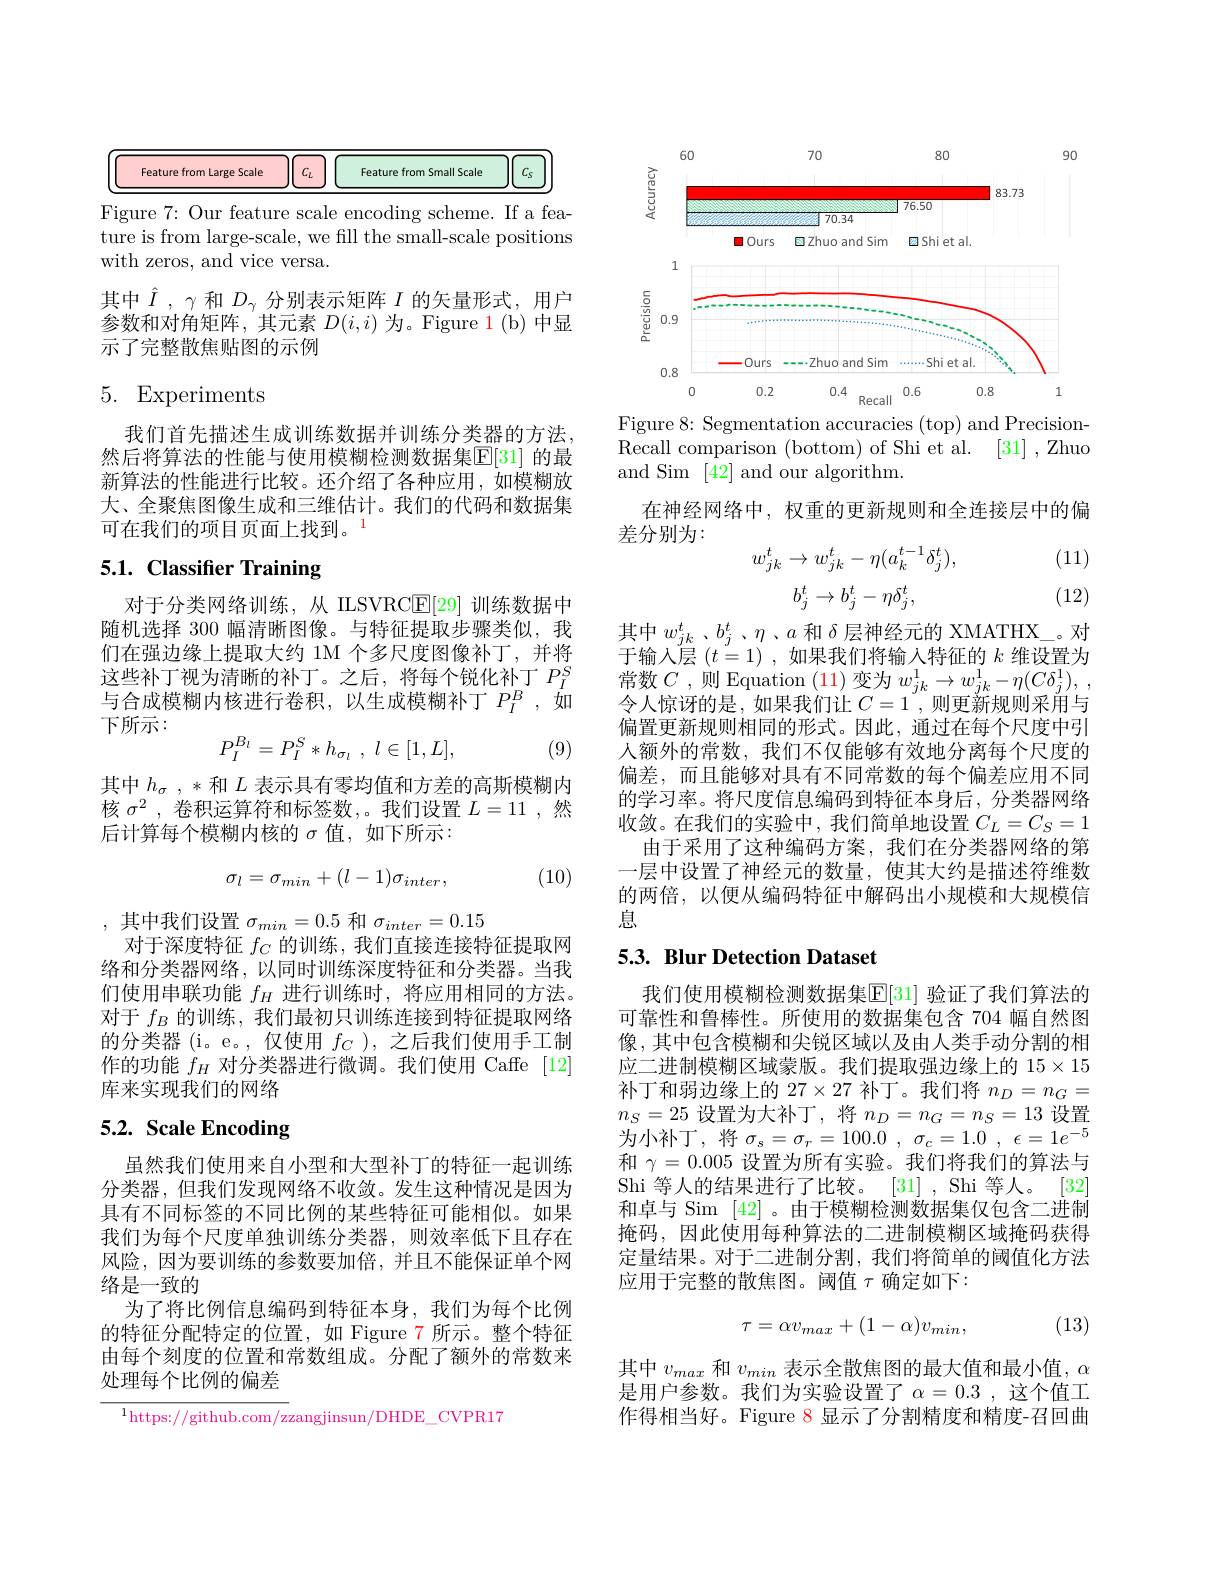
<table>
	<tbody>
		<tr>
			<td>Feature from Large Scale</td>
			<td>$C_L$</td>
			<td>Feature from Small Scale</td>
			<td>$C.$</td>
		</tr>
	</tbody>
</table>

Figure 7: Our feature scale encoding scheme. If a feature is from large-scale, we fill the small-scale positions with zeros, and vice versa.

其中$\hat{I},\gamma$和$D_\gamma$分别表示矩阵$I$的矢量形式，用户参数和对角矩阵，其元素$D(i,i)$为。Figure 1(b)中显示了完整散焦贴图的示例

## 5. Experiments

我们首先描述生成训练数据并训练分类器的方法。然后将算法的性能与使用模糊检测数据集$\mathbb{E}[31]$ 的最新算法的性能进行比较。还介绍了各种应用，如模糊放大、全聚焦图像生成和三维估计。我们的代码和数据集可在我们的项目页面上找到。$^{1}$

# 5.1. Classifier Training

对于分类网络训练，从 ILSVRC$\underline{\mathrm{E}}[29]$训练数据中随机选择 300 幅清晰图像。与特征提取步骤类似，我们在强边缘上提取大约 1M 个多尺度图像补丁，并将这些补丁视为清晰的补丁。之后，将每个锐化补丁$P_I^S$ 与合成模糊内核进行卷积，以生成模糊补丁$P_I^B,\dot{\text{如}}$ 下所示：
$$P_{I}^{B_{l}}=P_{I}^{S}*h_{\sigma_{l}}\:,\:l\in[1,L],$$
(9)

其中$h_\sigma,*$和$L$表示具有零均值和方差的高斯模糊内核$\sigma^2$,卷积运算符和标签数，。我们设置$L=11$,然后计算每个模糊内核的$\sigma$值，如下所示：

(10)
$$\sigma_l=\sigma_{min}+(l-1)\sigma_{inter},$$
,其中我们设置$\sigma_min=0.5$和$\sigma_inter=0.15$
对于深度特征$f_C$的训练，我们直接连接特征提取网络和分类器网络，以同时训练深度特征和分类器。当我们使用串联功能$f_H$进行训练时，将应用相同的方法。对于$f_B$的训练，我们最初只训练连接到特征提取网络的分类器 (i。e。,仅使用$f_C$ ),之后我们使用手工制作的功能$f_H$对分类器进行微调。我们使用 Caffe [12] 库来实现我们的网络

# 5.2. Scale Encoding

虽然我们使用来自小型和大型补丁的特征一起训练分类器，但我们发现网络不收敛。发生这种情况是因为具有不同标签的不同比例的某些特征可能相似。如果我们为每个尺度单独训练分类器，则效率低下且存在风险，因为要训练的参数要加倍，并且不能保证单个网络是一致的
为了将比例信息编码到特征本身，我们为每个比例的特征分配特定的位置，如 Figure 7 所示。整个特征由每个刻度的位置和常数组成。分配了额外的常数来处理每个比例的偏差
$$\overline{^1\text{https://github.com/z}}\text{zangjinsun/DHDE}_\text{CVPR17}$$
<FigureHere>
Figure 8: Segmentation accuracies (top) and Precision-

Recall comparison ( bottom) of Shi et al. [ 31] , Zhuo
and Sim [42]and our algorithm.
在神经网络中，权重的更新规则和全连接层中的偏
差分别为：

(11)
$$w_{jk}^{t}\to w_{jk}^{t}-\eta(a_{k}^{t-1}\delta_{j}^{t}),\\b_{j}^{t}\to b_{j}^{t}-\eta\delta_{j}^{t},$$
(12)

其中$w_{jk}^t$、$b_j^t$、$\eta$、$a$和$\delta$层神经元的 XMATHX\_。对于输入层$(t=1)$,如果我们将输入特征的 $k$ 维设置为常数$C$ ,则 Equation $(\color{red}{11})$变为$w_jk^1\to w_{jk}^1-\eta(C\delta_j^1)$, 令人惊讶的是，如果我们让$C=1^{\mathrm{~,~}}\ddot{\text{则更新规则采用与}}$ 偏置更新规则相同的形式。因此，通过在每个尺度中引人额外的常数，我们不仅能够有效地分离每个尺度的偏差，而且能够对具有不同常数的每个偏差应用不同的学习率。将尺度信息编码到特征本身后，分类器网络收敛。在我们的实验中，我们简单地设置$C_L=C_S=1$
由于采用了这种编码方案，我们在分类器网络的第一层中设置了神经元的数量，使其大约是描述符维数的两倍，以便从编码特征中解码出小规模和大规模信息

# 5.3. Blur Detection Dataset

我们使用模糊检测数据集$\operatorname{E}[$31] 验证了我们算法的可靠性和鲁棒性。所使用的数据集包含 704 幅自然图像，其中包含模糊和尖锐区域以及由人类手动分割的相应二进制模糊区域蒙版。我们提取强边缘上的$15\times15$ 补丁和弱边缘上的$27\times27$补丁。我们将$n_D=n_G=$ $n_S=25$设置为大补丁，将$n_D=n_G=n_S=13$设置为小补丁，将$\sigma_s=\sigma_r=100.0,\sigma_c=1.0,\epsilon=1e^{-5}$ 和$\gamma=0.005$设置为所有实验。我们将我们的算法与Shi 等人的结果进行了比较。[31] , Shi 等人。[32] 和卓与 Sim [42] 。由于模糊检测数据集仅包含二进制掩码，因此使用每种算法的二进制模糊区域掩码获得定量结果。对于二进制分割，我们将简单的阈值化方法应用于完整的散焦图。阈值$\tau$确定如下：
$$\tau=\alpha v_{max}+(1-\alpha)v_{min},$$
(13)

其中$v_{max}$和$v_{min}$表示全散焦图的最大值和最小值，$\alpha$ 是用户参数。我们为实验设置了$\alpha=0.3$ ,这个值工作得相当好。Figure 8 显示了分割精度和精度-召回曲